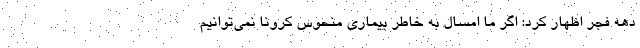
دهه فجر اظهار کرد: اگر ما امسال به خاطر بیماری منحوس کرونا نمی‌توانیم